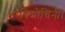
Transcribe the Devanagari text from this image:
विमोचिनी।